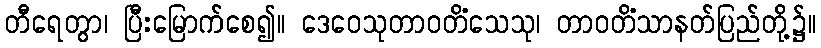
တီရေတွာ၊ ပြီးမြောက်စေ၍။ ဒေဝေသုတာဝတိံသေသု၊ တာဝတိံသာနတ်ပြည်တို့၌။